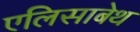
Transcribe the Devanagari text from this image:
एलिसाबेथ